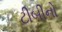
ટીબીનો